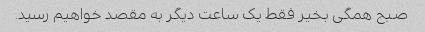
صبح همگی بخیر فقط یک ساعت دیگر به مقصد خواهیم رسید.